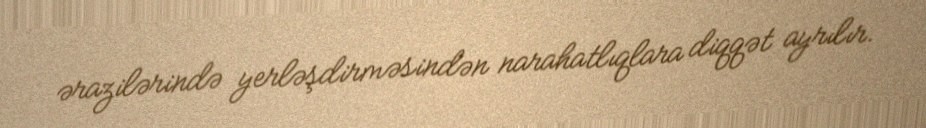
ərazilərində yerləşdirməsindən narahatlıqlara diqqət ayrılır.